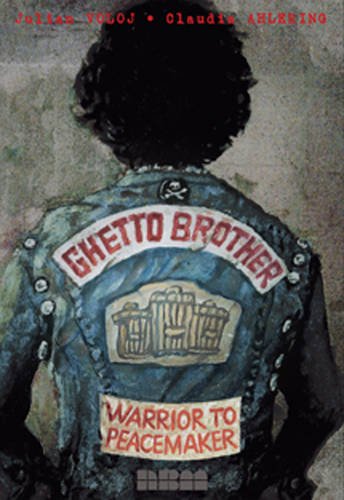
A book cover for Ghetto Brother: Warrior to Peacemaker (Biographies); Julian Voloj; Biographies & Memoirs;